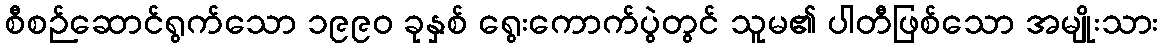
စီစဉ်ဆောင်ရွက်သော ၁၉၉၀ ခုနှစ် ရွေးကောက်ပွဲတွင် သူမ၏ ပါတီဖြစ်သော အမျိုးသား